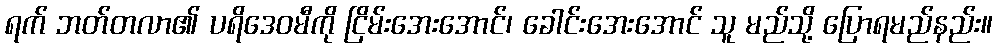
ရက် ဘတ်တလာ၏ ပရိဒေဝမီကို ငြိမ်းအေးအောင်၊ ခေါင်းအေးအောင် သူ မည်သို့ ပြောရမည်နည်း။